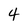
Character: 4